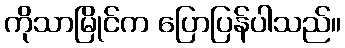
ကိုသာမြိုင်က ပြောပြန်ပါသည်။